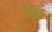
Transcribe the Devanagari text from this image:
बेष्ट